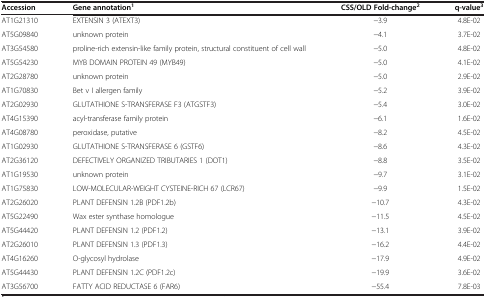
<table><thead><tr><td><b>Accession</b></td><td><b>Gene annotation<sup>1</sup></b></td><td><b>CSS/OLD Fold-change<sup>2</sup></b></td><td><b>q-value<sup>3</sup></b></td></tr></thead><tbody><tr><td>AT1G21310</td><td>EXTENSIN 3 (ATEXT3)</td><td>−3.9</td><td>4.8E-02</td></tr><tr><td>AT5G09840</td><td>unknown protein</td><td>−4.1</td><td>3.7E-02</td></tr><tr><td>AT3G54580</td><td>proline-rich extensin-like family protein, structural constituent of cell wall</td><td>−5.0</td><td>4.8E-02</td></tr><tr><td>AT5G54230</td><td>MYB DOMAIN PROTEIN 49 (MYB49)</td><td>−5.0</td><td>4.1E-02</td></tr><tr><td>AT2G28780</td><td>unknown protein</td><td>−5.0</td><td>2.9E-02</td></tr><tr><td>AT1G70830</td><td>Bet v I allergen family</td><td>−5.2</td><td>3.9E-02</td></tr><tr><td>AT2G02930</td><td>GLUTATHIONE S-TRANSFERASE F3 (ATGSTF3)</td><td>−5.4</td><td>3.0E-02</td></tr><tr><td>AT4G15390</td><td>acyl-transferase family protein</td><td>−6.1</td><td>1.6E-02</td></tr><tr><td>AT4G08780</td><td>peroxidase, putative</td><td>−8.2</td><td>4.5E-02</td></tr><tr><td>AT1G02930</td><td>GLUTATHIONE S-TRANSFERASE 6 (GSTF6)</td><td>−8.6</td><td>4.3E-02</td></tr><tr><td>AT2G36120</td><td>DEFECTIVELY ORGANIZED TRIBUTARIES 1 (DOT1)</td><td>−8.8</td><td>3.5E-02</td></tr><tr><td>AT1G19530</td><td>unknown protein</td><td>−9.7</td><td>3.1E-02</td></tr><tr><td>AT1G75830</td><td>LOW-MOLECULAR-WEIGHT CYSTEINE-RICH 67 (LCR67)</td><td>−9.9</td><td>1.5E-02</td></tr><tr><td>AT2G26020</td><td>PLANT DEFENSIN 1.2B (PDF1.2b)</td><td>−10.7</td><td>4.3E-02</td></tr><tr><td>AT5G22490</td><td>Wax ester synthase homologue</td><td>−11.5</td><td>4.5E-02</td></tr><tr><td>AT5G44420</td><td>PLANT DEFENSIN 1.2 (PDF1.2)</td><td>−13.1</td><td>3.9E-02</td></tr><tr><td>AT2G26010</td><td>PLANT DEFENSIN 1.3 (PDF1.3)</td><td>−16.2</td><td>4.4E-02</td></tr><tr><td>AT4G16260</td><td>O-glycosyl hydrolase</td><td>−17.9</td><td>4.9E-02</td></tr><tr><td>AT5G44430</td><td>PLANT DEFENSIN 1.2C (PDF1.2c)</td><td>−19.9</td><td>3.6E-02</td></tr><tr><td>AT3G56700</td><td>FATTY ACID REDUCTASE 6 (FAR6)</td><td>−55.4</td><td>7.8E-03</td></tr></tbody></table>